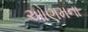
ઓણમના